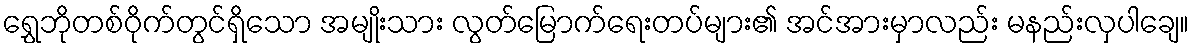
ရွှေဘိုတစ်ဝိုက်တွင်ရှိသော အမျိုးသား လွတ်မြောက်ရေးတပ်များ၏ အင်အားမှာလည်း မနည်းလှပါချေ။